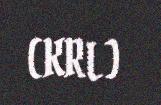
(KRL)